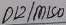
Text: D12